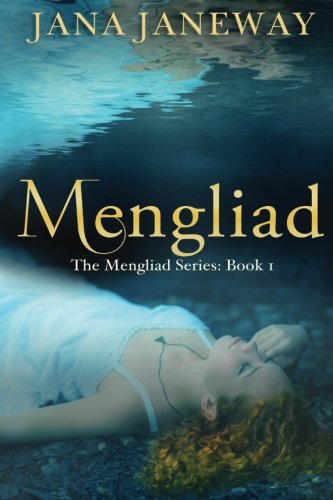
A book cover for Mengliad (The Mengliad Series) (Volume 1); Jana Janeway; Romance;